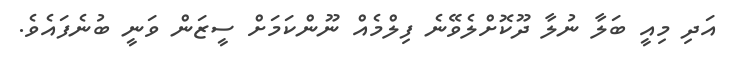
އަދި މިއީ ބަލާ ނުލާ ދޫކޮށްލެވޭނެ ފިލްމެއް ނޫންކަމަށް ސީޒަން ވަނީ ބުނެފައެވެ.